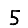
Digit: 5